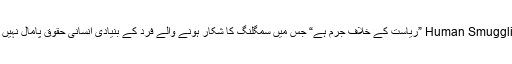
انٹرنیشنل سنٹر فار مائیگریشن پالیسی ڈویلپمنٹ کے مطابق Human Smuggling ”ریاست کے خلاف جرم ہے“ جس میں سمگلنگ کا شکار ہونے والے فرد کے بنیادی انسانی حقوق پامال نہیں ہوتے اور نہ ہی عوام الناس کی زندگی اس سے متاثر ہوتی ہے۔